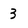
Character: 3